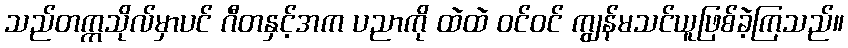
သည်တက္ကသိုလ်မှာပင် ဂီတနှင့်အက ပညာကို ထဲထဲ ဝင်ဝင် ကျွန်မသင်ယူဖြစ်ခဲ့ကြသည်။